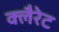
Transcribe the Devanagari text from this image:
क्लैरेट